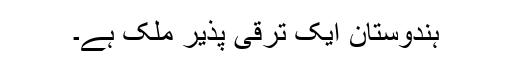
ہندوستان ایک ترقی پذیر ملک ہے۔